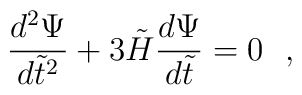
{d^2\Psi \over d\tilde t^2}+3\tilde H{d\Psi \over d\tilde t}=0   \ \ ,